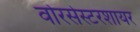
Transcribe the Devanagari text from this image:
वोरसेस्टरशायर